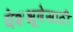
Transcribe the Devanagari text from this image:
वेशभूषेसाठी